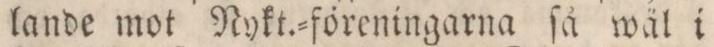
lande mot Nykt.=föreningarna ſå wäl i